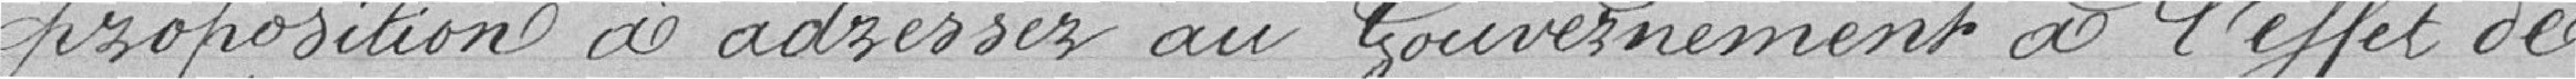
proposition à adresser au gouvernement à l'effet de